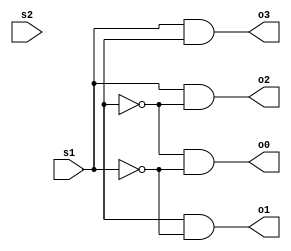
// decoder2x4.v, 2x4 decoder, gate synthesis
//
// how to compile: ~changw/ivl/bin/iverilog decoder1x2.v
// how to run: ./a.out

module DecoderMod(s1, s2, o0, o1, o2, o3); // module definition
   input s1, s2;
   output o0, o1, o2, o3;

   wire s1_inv, s0_inv;

   not(s1_inv, s1);
   not(s0_inv, s0);
   and(o0, s0_inv, s1_inv);
   and(o1, s0, s1_inv);
   and(o2, s1, s0_inv);
   and(o3, s1, s0);
   
endmodule

module TestMod; 
   reg s1, s2;
   wire o0, o1, o2, o3;       

   DecoderMod my_decoder(s1, s2, o0, o1, o2, o3); // create instance

   initial begin
      $monitor("%0d\t%b\t%b\t%b\t%b\t%b\t%b", $time, s1, s2, o0, o1, o2, o3);
      $display("Time\ts1\ts2\to0\to1\to2\to3");
      $display("--------------------------");
   end

   initial begin
      s1 = 0; s2= 0;          // initially 00
      #1;
      s1 = 0; s2= 1;          // initially 01
      #1;
      s1 = 1; s2= 0;          // initially 10
      #1;
      s1 = 1; s2= 1;          // initially 11
      #1;
   end
endmodule